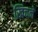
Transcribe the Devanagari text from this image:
खिचनें